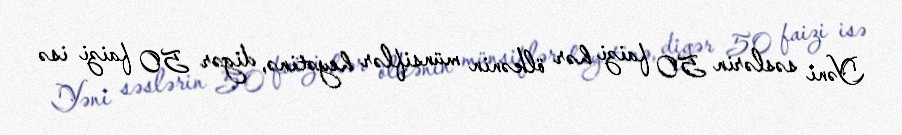
Yəni səslərin 50 faizi hər ölkənin münsiflər heyətinə, digər 50 faizi isə